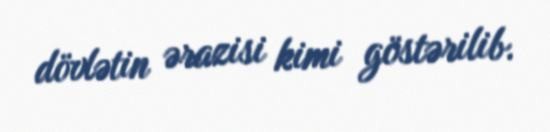
dövlətin ərazisi kimi göstərilib.